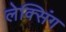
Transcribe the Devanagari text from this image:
लेक्सिंग